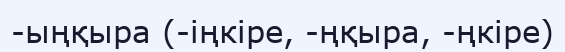
-ыңқыра (-іңкіре, -ңқыра, -ңкіре)